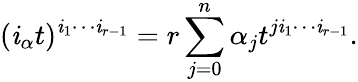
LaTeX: (\mathit{i}_{\alpha}t)^{\mathit{i}_{1}\cdots\mathit{i}_{r-1}}=r\sum_{j=0}^{n}\alpha_{j}t^{j\mathit{i}_{1}\cdots\mathit{i}_{r-1}}.